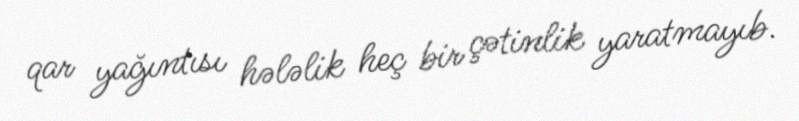
qar yağıntısı hələlik heç bir çətinlik yaratmayıb.